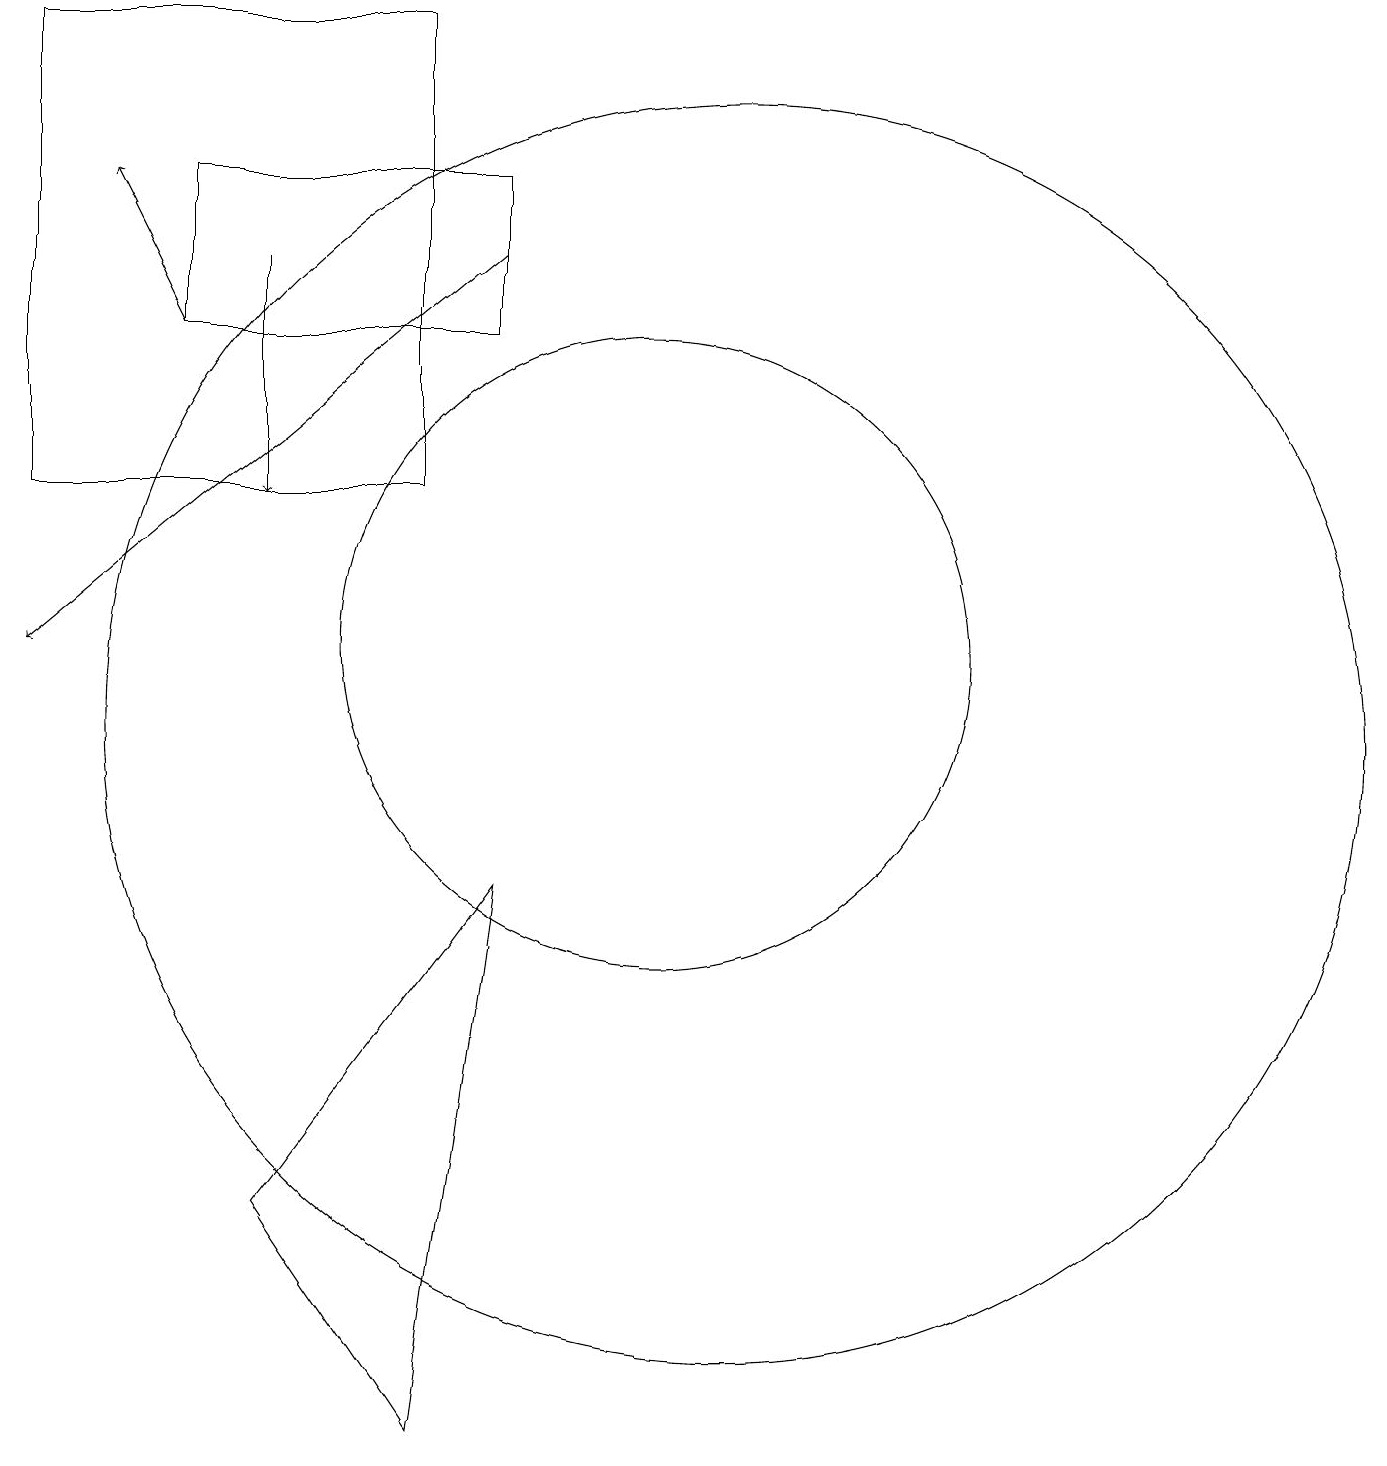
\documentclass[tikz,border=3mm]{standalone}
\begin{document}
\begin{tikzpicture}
\draw (6,4) -- (8,1) -- (9,8) -- cycle;
\draw[->] (6,16) -- (6,13);
\draw (8,19) rectangle (3,13);
\draw (5,15) rectangle (9,17);
\draw (11,11) circle (4);
\draw[->] (9,16) -- (3,11);
\draw (12,10) circle (8);
\draw[->] (5,15) -- (4,17);
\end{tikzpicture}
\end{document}